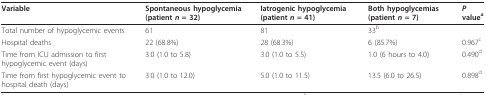
| Variable | Spontaneous hypoglycemia (patient n = 32) | Iatrogenic hypoglycemia (patient n = 41) | Both hypoglycemias (patient n = 7) | P valuea |
 | --- | --- | --- | --- | --- |
 | Total number of hypoglycemic events | 61 | 81 | 33b |  |
 | Hospital deaths | 22 (68.8%) | 28 (68.3%) | 6 (85.7%) | 0.967c |
 | Time from ICU admission to first hypoglycemic event (days) | 3.0 (1.0 to 5.8) | 3.0 (1.0 to 5.5) | 1.0 (6 hours to 4.0) | 0.490d |
 | Time from first hypoglycemic event to hospital death (days) | 3.0 (1.0 to 12.0) | 5.0 (1.0 to 11.5) | 13.5 (6.0 to 26.5) | 0.898d |